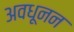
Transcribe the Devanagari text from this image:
अवधूनन